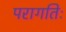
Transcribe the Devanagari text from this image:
परागतिः